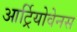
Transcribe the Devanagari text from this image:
आर्ट्रियोवेनस